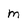
Character: m